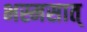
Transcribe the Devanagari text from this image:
भस्मसात्